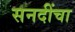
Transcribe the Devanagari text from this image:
सनदींचा